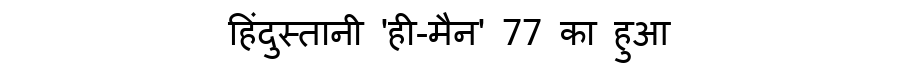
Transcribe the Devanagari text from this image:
हिंदुस्तानी 'ही-मैन' 77 का हुआ